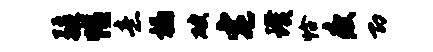
疆惜意榻破宅璞恰瘦即